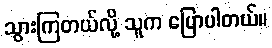
သွားကြတယ်လို့ သူက ပြောပါတယ်။